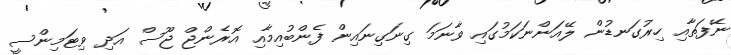
ނޭފަތާއި ހިރުގަނޑުން ލޭއަންނަކަމުގައި ވާނަމަ ގިނަގިނައިން ފެންބުއިމާއި އޮރެންޖް ޖޫސް އަދި ވިޓަމިންސީ